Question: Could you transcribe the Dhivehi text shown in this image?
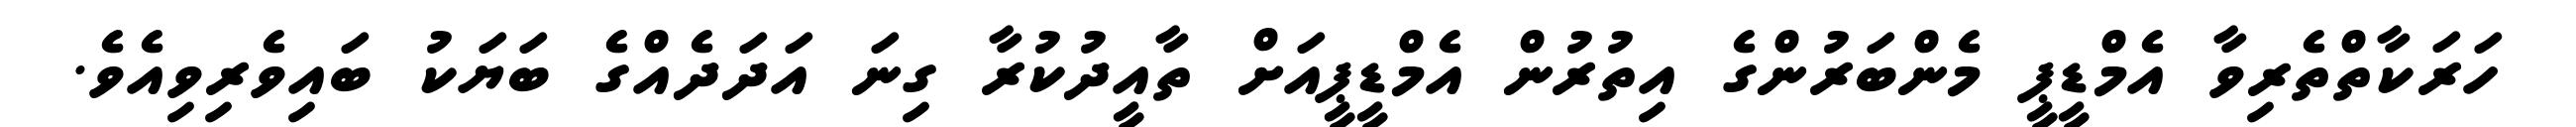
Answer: ހަރަކާތްތެރިވާ އެމްޑީޕީ މެންބަރުންގެ އިތުރުން އެމްޑީޕީއަށް ތާއީދުކުރާ ގިނަ އަދަދެއްގެ ބަޔަކު ބައިވެރިވިއެވެ.